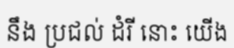
នឹង ប្រជល់ ដំរី នោះ យើង